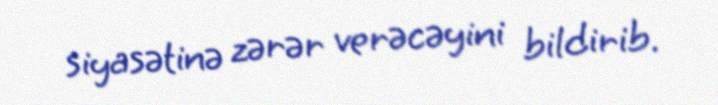
siyasətinə zərər verəcəyini bildirib.